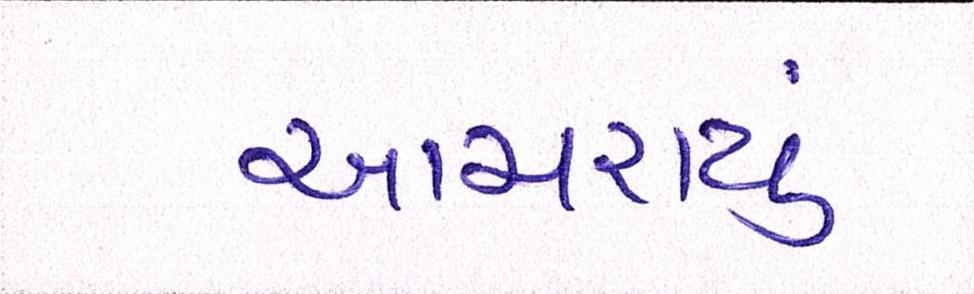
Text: આચરાયું